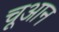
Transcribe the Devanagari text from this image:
चूआन